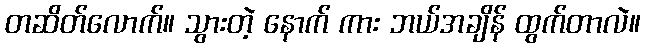
တဆိတ်လောက်။ သွားတဲ့ နောက် ကား ဘယ်အချိန် ထွက်တာလဲ။